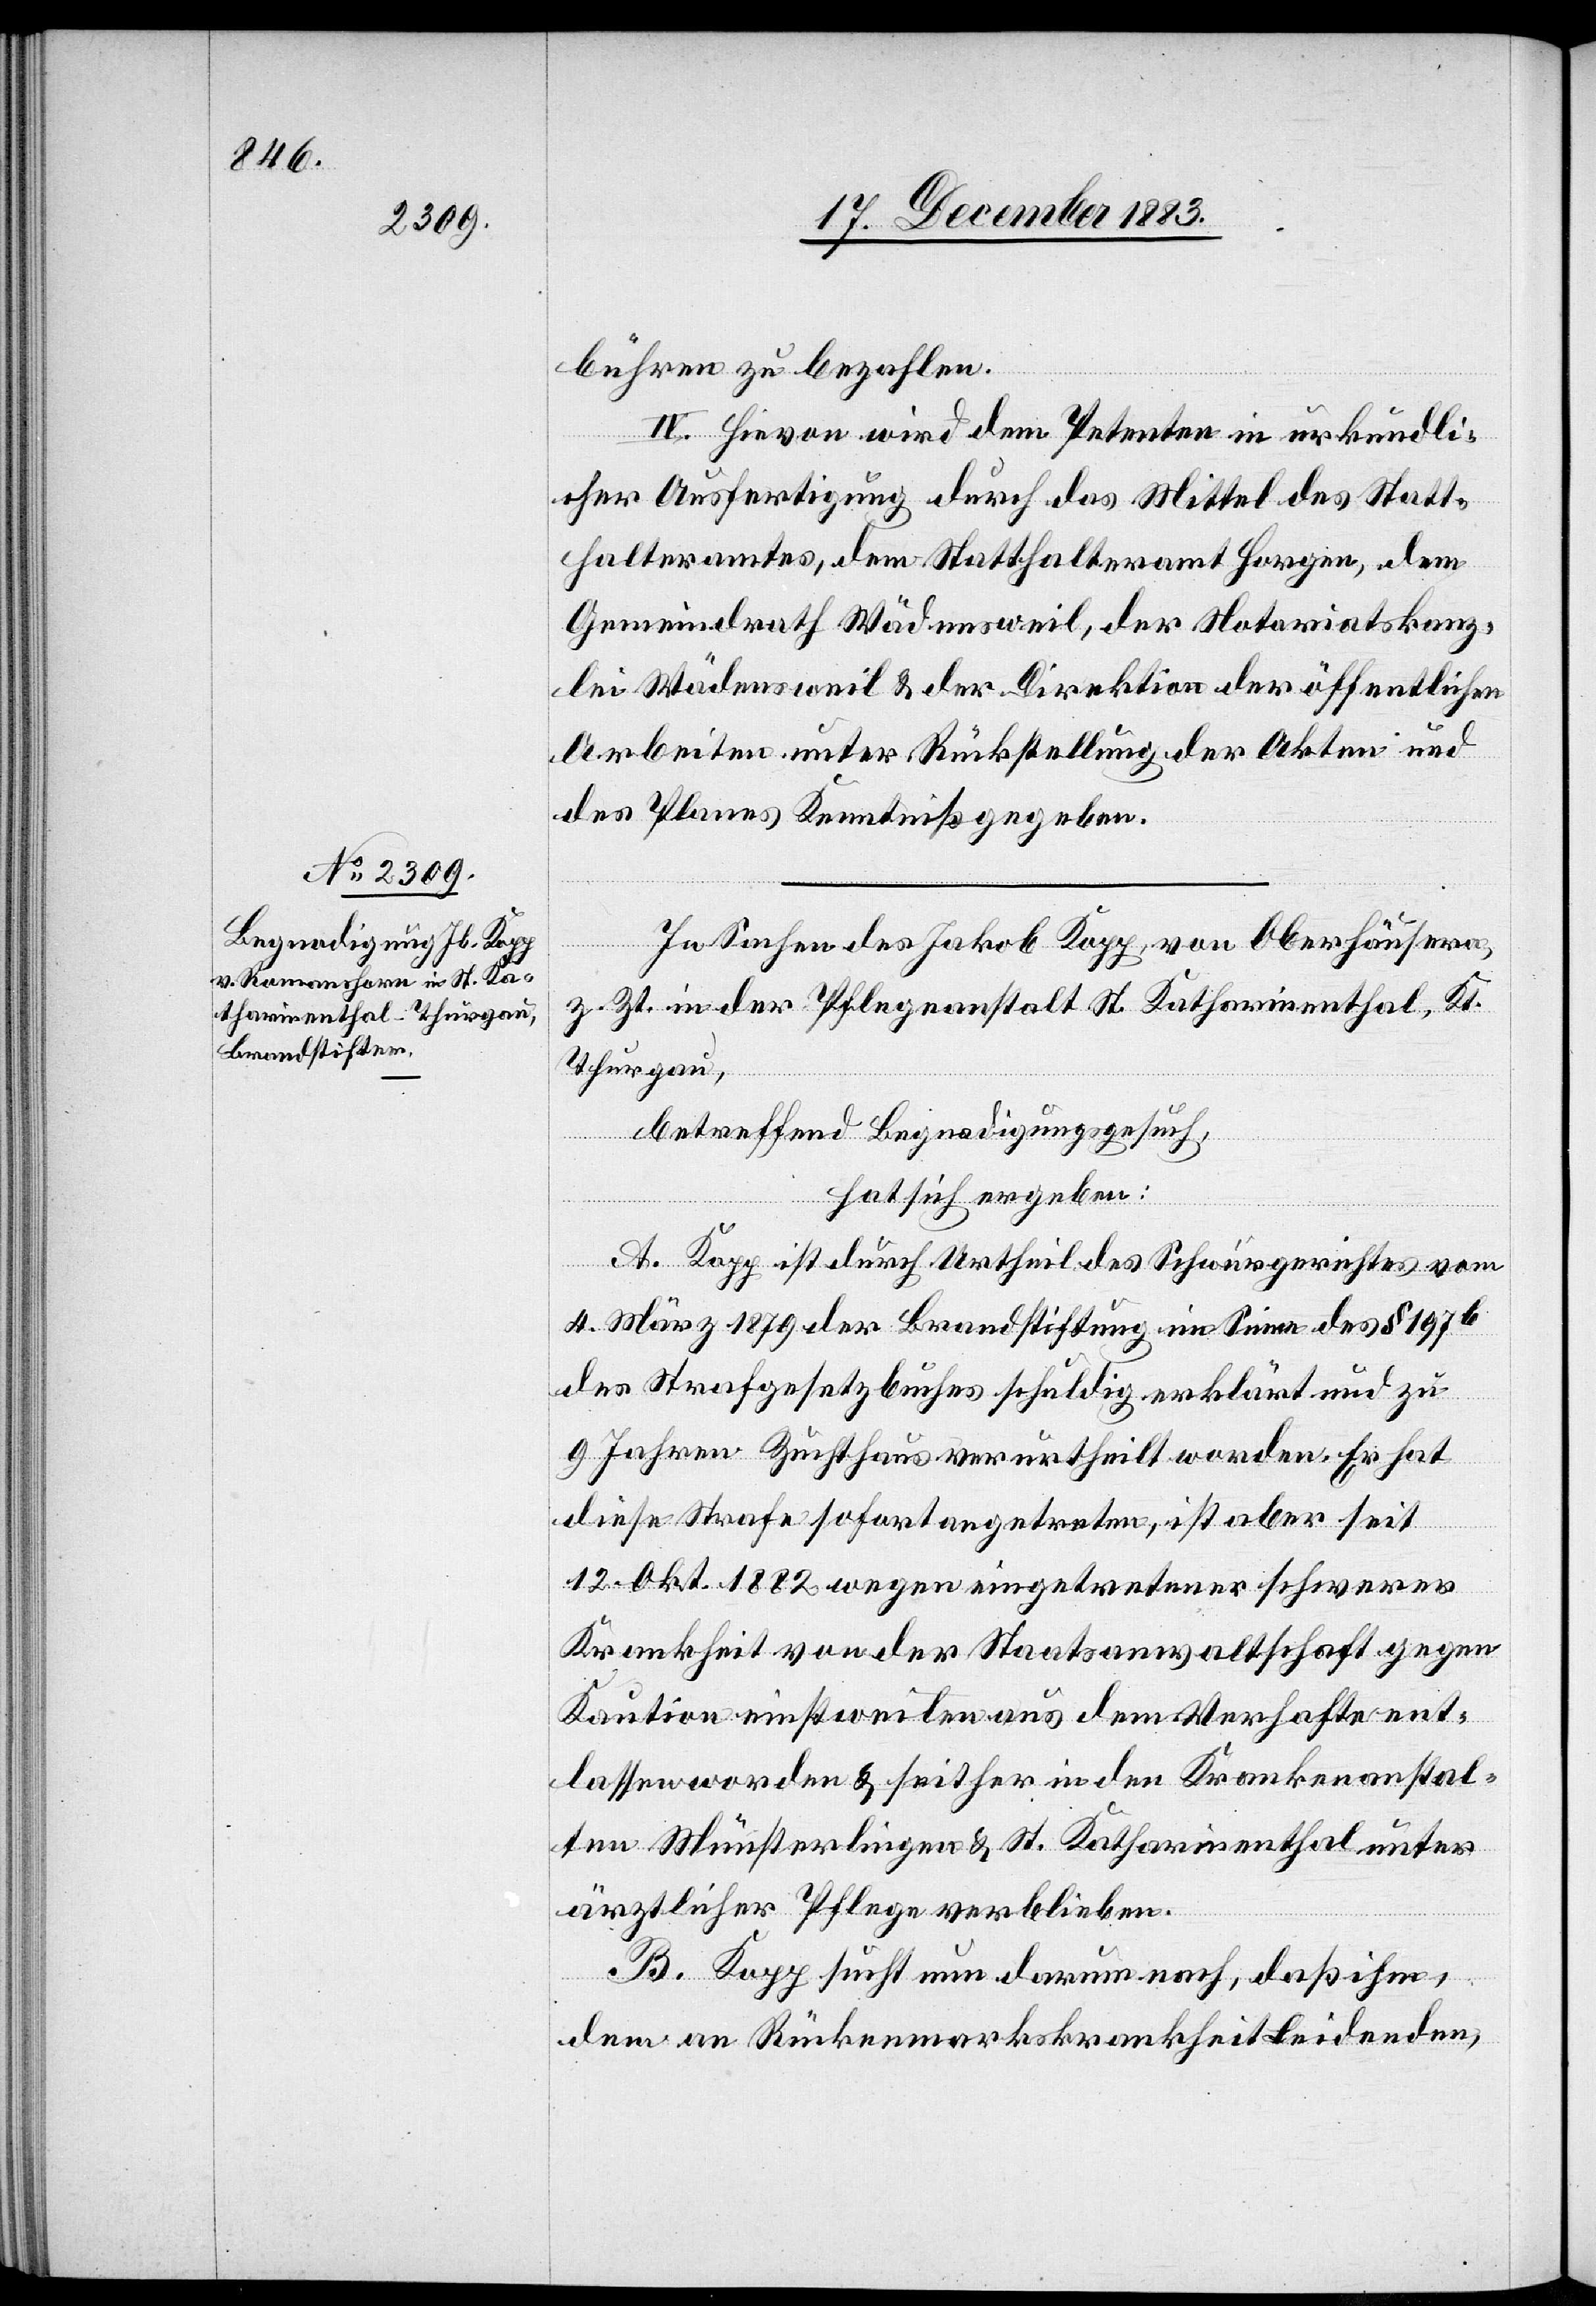
bühren zu bezahlen.
IV. Hievon wird dem Petenten in urkundli¬
cher Ausfertigung durch das Mittel des Statt¬
halteramtes, dem Statthalteramt Horgen dem
Gemeindrath Wädensweil, der Notariatskanz¬
lei Wädensweil & der Direktion der öffentlichen
Arbeiten unter Rückstellung der Akten.
In Sachen des Jakob Kopp, von Oberhäusern,
z. Zt. in der Pflegeanstalt St. Katharinenthal, Kt.
Thurgau,
betreffend Begnadigungsgesuch,
hat sich ergeben:
A. Kopp ist durch Urtheil des Schwurgerichtes vom
4. März 1879 der Brandstiftung im Sinne des § 197b
des Strafgesetzbuches schuldig erklärt und zu
9 Jahren Zuchthaus verurtheilt worden. Er hat
diese Strafe sofort angetreten, ist aber seit
12. Okt. 1882 wegen eingetretener schwerer
Krankheit von der Staatsanwaltschaft gegen
Kaution einstweilen aus dem Verhafte ent¬
lassen worden & seither in den Krankenanstal¬
ten Münsterlingen & St. Katharinenthal unter
ärztlicher Pflege verblieben.
B. Kopp sucht nun darum nach, daß ihm,
dem an Rückenmarkskrankheit Leidenden,